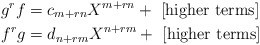
\begin{align*}g^rf &= c_{m + rn}X^{m+rn} + \textrm{ [higher terms]}\\f^rg &= d_{n + rm}X^{n+rm} + \textrm{ [higher terms]}\end{align*}